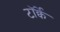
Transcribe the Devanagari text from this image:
टॉर्क्वे